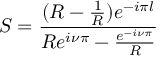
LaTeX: S = \frac { ( R - \frac { 1 } { R } ) e ^ { - i \pi l } } { R e ^ { i \nu \pi } - \frac { e ^ { - i \nu \pi } } { R } }